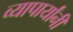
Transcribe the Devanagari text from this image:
व्यापार्यांनी